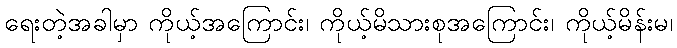
ရေးတဲ့အခါမှာ ကိုယ့်အကြောင်း၊ ကိုယ့်မိသားစုအကြောင်း၊ ကိုယ့်မိန်းမ၊